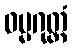
ဓမ္မဂုတ္တံ